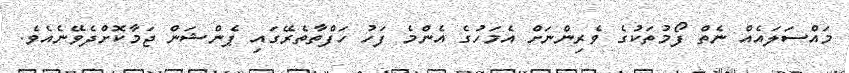
މައްސަލައެއް ނެތް ފޯމުތަކުގެ ވެރިންނަށް އެމަހުގެ އެންމެ ފަހު ހަފްތާތެރޭގައި ޕެންޝަން ޖަމާކޮށްދެވޭނެއެވެ.